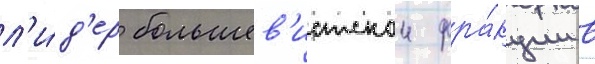
л'и́д'ер большев'истскои фра́кции в